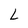
Character: L